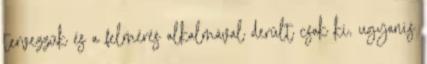
tervezzük és a felmérés alkalmával derült csak ki, ugyanis